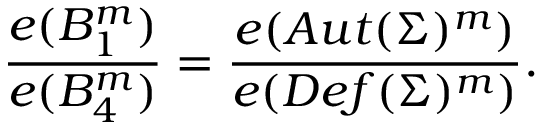
{ \frac { e ( B _ { 1 } ^ { m } ) } { e ( B _ { 4 } ^ { m } ) } } = { \frac { e ( A u t ( \Sigma ) ^ { m } ) } { e ( D e f ( \Sigma ) ^ { m } ) } } .